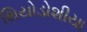
થિયોડોશીયા